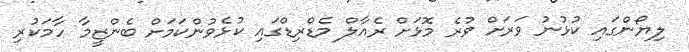
ލިޔޯންގައި ކުޅުނު ވަރަށް ވުރެ މޮޅަށް ރެއާލް މެޑްރިޑްގައި ކުޅެވުންކަމަށް ބެންޒީމާ ހާމަކުރި